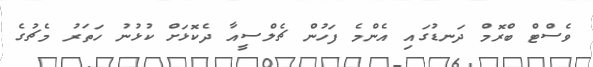
ވެސްޓް ބްރޮމް ދަނޑުގައި އެންމެ ފަހުން ޗެލްސީއާ ދެކޮޅަށް ކުޅުނު ހަތަރު މެޗުގެ